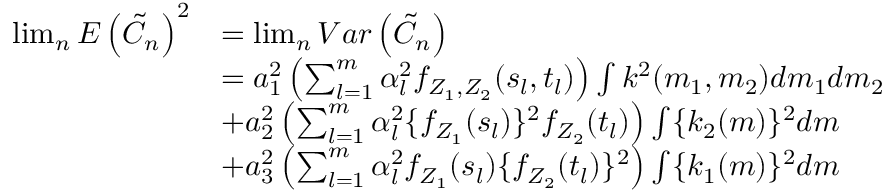
\begin{array} { r l } { \operatorname* { l i m } _ { n } E \left( \tilde { C } _ { n } \right) ^ { 2 } } & { = \operatorname* { l i m } _ { n } V a r \left( \tilde { C } _ { n } \right) } \\ & { = a _ { 1 } ^ { 2 } \left( \sum _ { l = 1 } ^ { m } \alpha _ { l } ^ { 2 } f _ { Z _ { 1 } , Z _ { 2 } } ( s _ { l } , t _ { l } ) \right) \int k ^ { 2 } ( m _ { 1 } , m _ { 2 } ) d m _ { 1 } d m _ { 2 } } \\ & { + a _ { 2 } ^ { 2 } \left( \sum _ { l = 1 } ^ { m } \alpha _ { l } ^ { 2 } \{ f _ { Z _ { 1 } } ( s _ { l } ) \} ^ { 2 } f _ { Z _ { 2 } } ( t _ { l } ) \right) \int \{ k _ { 2 } ( m ) \} ^ { 2 } d m } \\ & { + a _ { 3 } ^ { 2 } \left( \sum _ { l = 1 } ^ { m } \alpha _ { l } ^ { 2 } f _ { Z _ { 1 } } ( s _ { l } ) \{ f _ { Z _ { 2 } } ( t _ { l } ) \} ^ { 2 } \right) \int \{ k _ { 1 } ( m ) \} ^ { 2 } d m } \end{array}